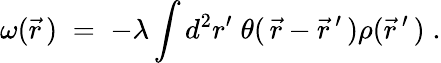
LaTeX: \omega(\vec{r}\, )\; =\; -\lambda\int d^{2}r^{\prime}\; \theta(\, \vec{r}-\vec{r}\, ^{\prime}\, )\rho(\vec{r}\, ^{\prime}\, )\; .